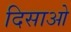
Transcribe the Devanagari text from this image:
दिसाओ